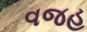
વજહ